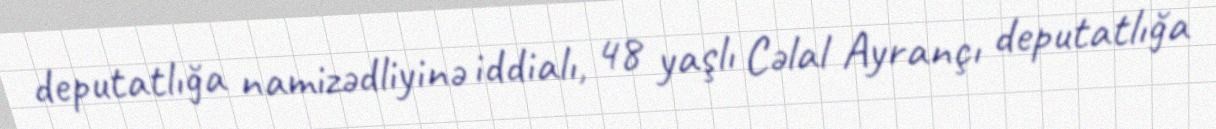
deputatlığa namizədliyinə iddialı, 48 yaşlı Cəlal Ayrançı deputatlığa